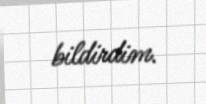
bildirdim.